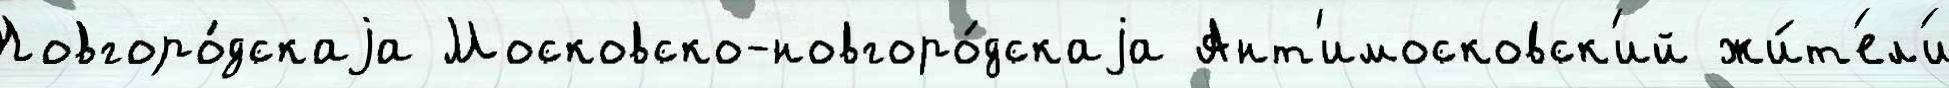
Новгоро́дскаjа Московско-новгоро́дскаjа Ант'имосковск'ий жи́т'ел'и